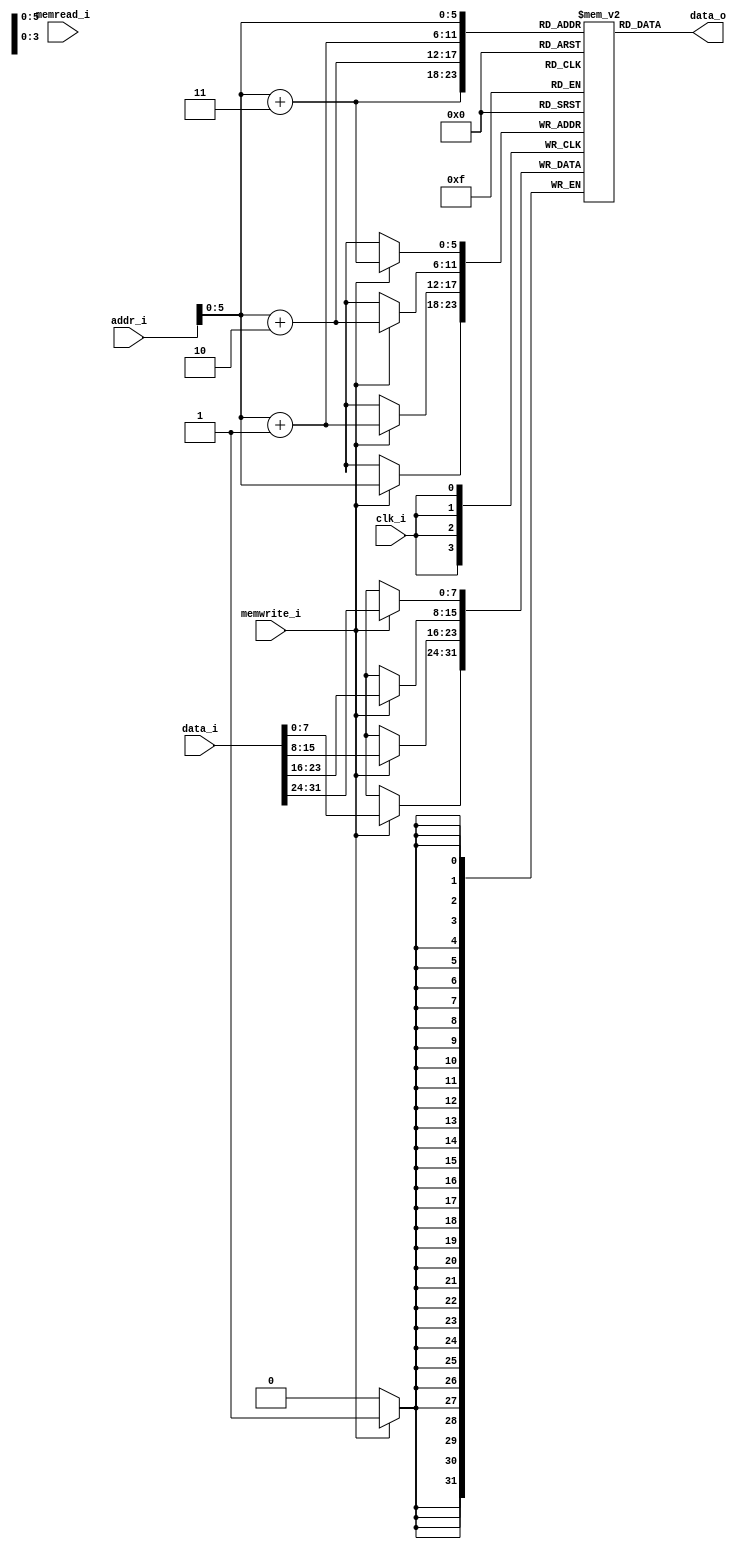
module DataMemory
(
    clk_i,
    memwrite_i,
    memread_i,
    addr_i,
    data_i,
    data_o,
);

input           clk_i;
input			memwrite_i;
input			memread_i;
input   [31:0]  addr_i;
input	[31:0]	data_i;
output  [31:0]  data_o;

reg     [7:0]	memory  [0:32];

assign  data_o = {
	memory[addr_i + 3],
	memory[addr_i + 2],
	memory[addr_i + 1],
	memory[addr_i]};

always@(posedge clk_i) begin
    if (memwrite_i) begin
        memory[addr_i + 3]	<= data_i[31:24];
        memory[addr_i + 2]	<= data_i[23:16];
        memory[addr_i + 1]	<= data_i[15: 8];
        memory[addr_i]		<= data_i[ 7: 0];
    end
end
endmodule